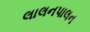
લાલનપાલન